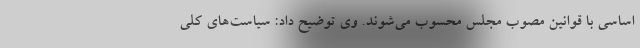
اساسی با قوانین مصوب مجلس محسوب می‌شوند. وی توضیح داد: سیاست‌های کلی